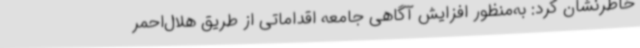
خاطرنشان کرد: به‌منظور افزایش آگاهی جامعه اقداماتی از طریق هلال‌احمر